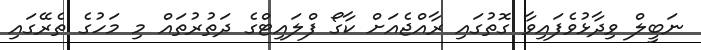
ނަބީލް ވިދާޅުވެފައިވާ ގޮތުގައި ރާއްޖެއަށް ކާގޯ ފްލައިޓްގެ ދަތުރުތައް މި މަހުގެ ތެރޭގައި